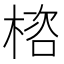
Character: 㮞